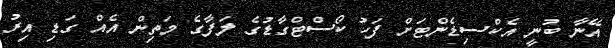
އޭނާ ބުނީ އެކްސިޑެންޓަށް ފަހު ކޯސްޓްގާޑުގެ ލަފާގެ މަތިން އެއް ގަޑި އިރު